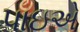
પાઇએ